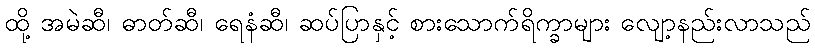
ထို့ အမဲဆီ၊ ဓာတ်ဆီ၊ ရေနံဆီ၊ ဆပ်ပြာနှင့် စားသောက်ရိက္ခာများ လျော့နည်းလာသည်